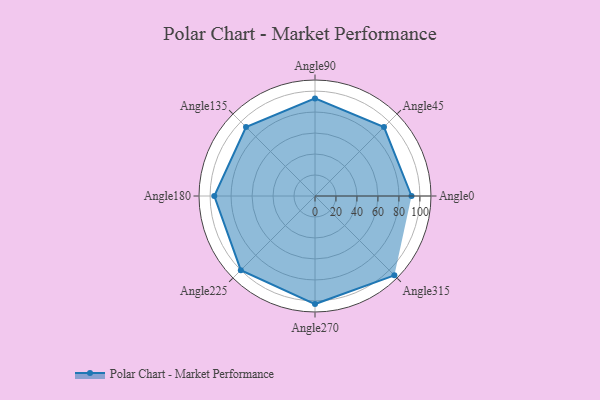
{"axis": {"x": "Angle", "y": "Radius"}, "legend": [""], "data": [{"x": "Angle0", "y": 92.0, "type": ""}, {"x": "Angle45", "y": 93.0, "type": ""}, {"x": "Angle90", "y": 93.0, "type": ""}, {"x": "Angle135", "y": 93.0, "type": ""}, {"x": "Angle180", "y": 96.0, "type": ""}, {"x": "Angle225", "y": 100.0, "type": ""}, {"x": "Angle270", "y": 103.0, "type": ""}, {"x": "Angle315", "y": 107.0, "type": ""}]}